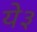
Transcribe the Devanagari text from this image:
ये३